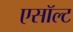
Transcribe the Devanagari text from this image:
एसॉल्ट